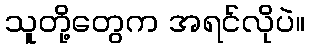
သူတို့တွေက အရင်လိုပဲ။